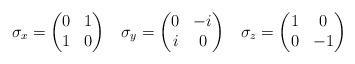
LaTeX: \begin{align*}\sigma_x=\begin{pmatrix}0 & 1 \\ 1& 0\end{pmatrix} \,\,\,\,\, \sigma_y=\begin{pmatrix}0 & -i \\ i& 0\end{pmatrix} \,\,\,\,\, \sigma_z=\begin{pmatrix}1 & 0 \\ 0& -1\end{pmatrix}\end{align*}